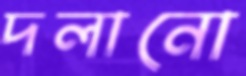
দলানো